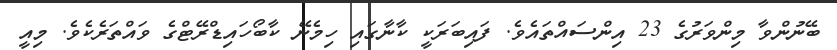
ބޭނުންވާ މިންވަރުގެ 23 އިންސައްތައެވެ. ފައިބަރަކީ ކާނާގައި ހިމެނޭ ކާބޯހައިޑްރޭޓްގެ ވައްތަރެކެވެ. މިއީ